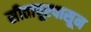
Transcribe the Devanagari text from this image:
सीतापूरपासून